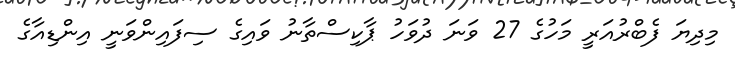
މިދިޔަ ފެބްރުއަރީ މަހުގެ 27 ވަނަ ދުވަހު ޕާކިސްތާނު ވައިގެ ސިފައިންވަނީ އިންޑިއާގެ